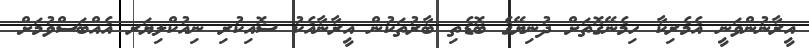
އީރާނުންވަނީ އެމެރިކާ ހިމެނޭގޮތަށް ދުނިޔޭގެ ބޮޑެތި ބާރުތަކުން އީރާނާއެކު ސޮއިކުރި ނިއުކްލިޔަރ އެއްބަސްވުމަށް